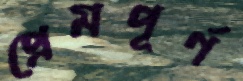
প্রেমপূর্ণ